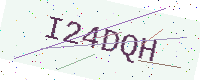
Text: I24DQH